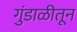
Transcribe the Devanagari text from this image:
गुंडाळीतून